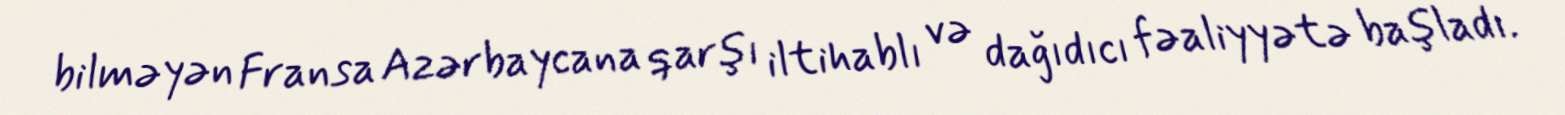
bilməyən Fransa Azərbaycana qarşı iltihablı və dağıdıcı fəaliyyətə başladı.